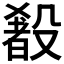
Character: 𬆰